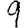
Digit: 9